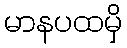
မာနပထမှိ